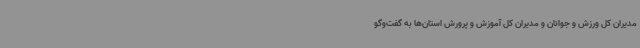
مدیران کل ورزش و جوانان و مدیران کل آموزش و پرورش استان‌ها به گفت‌وگو